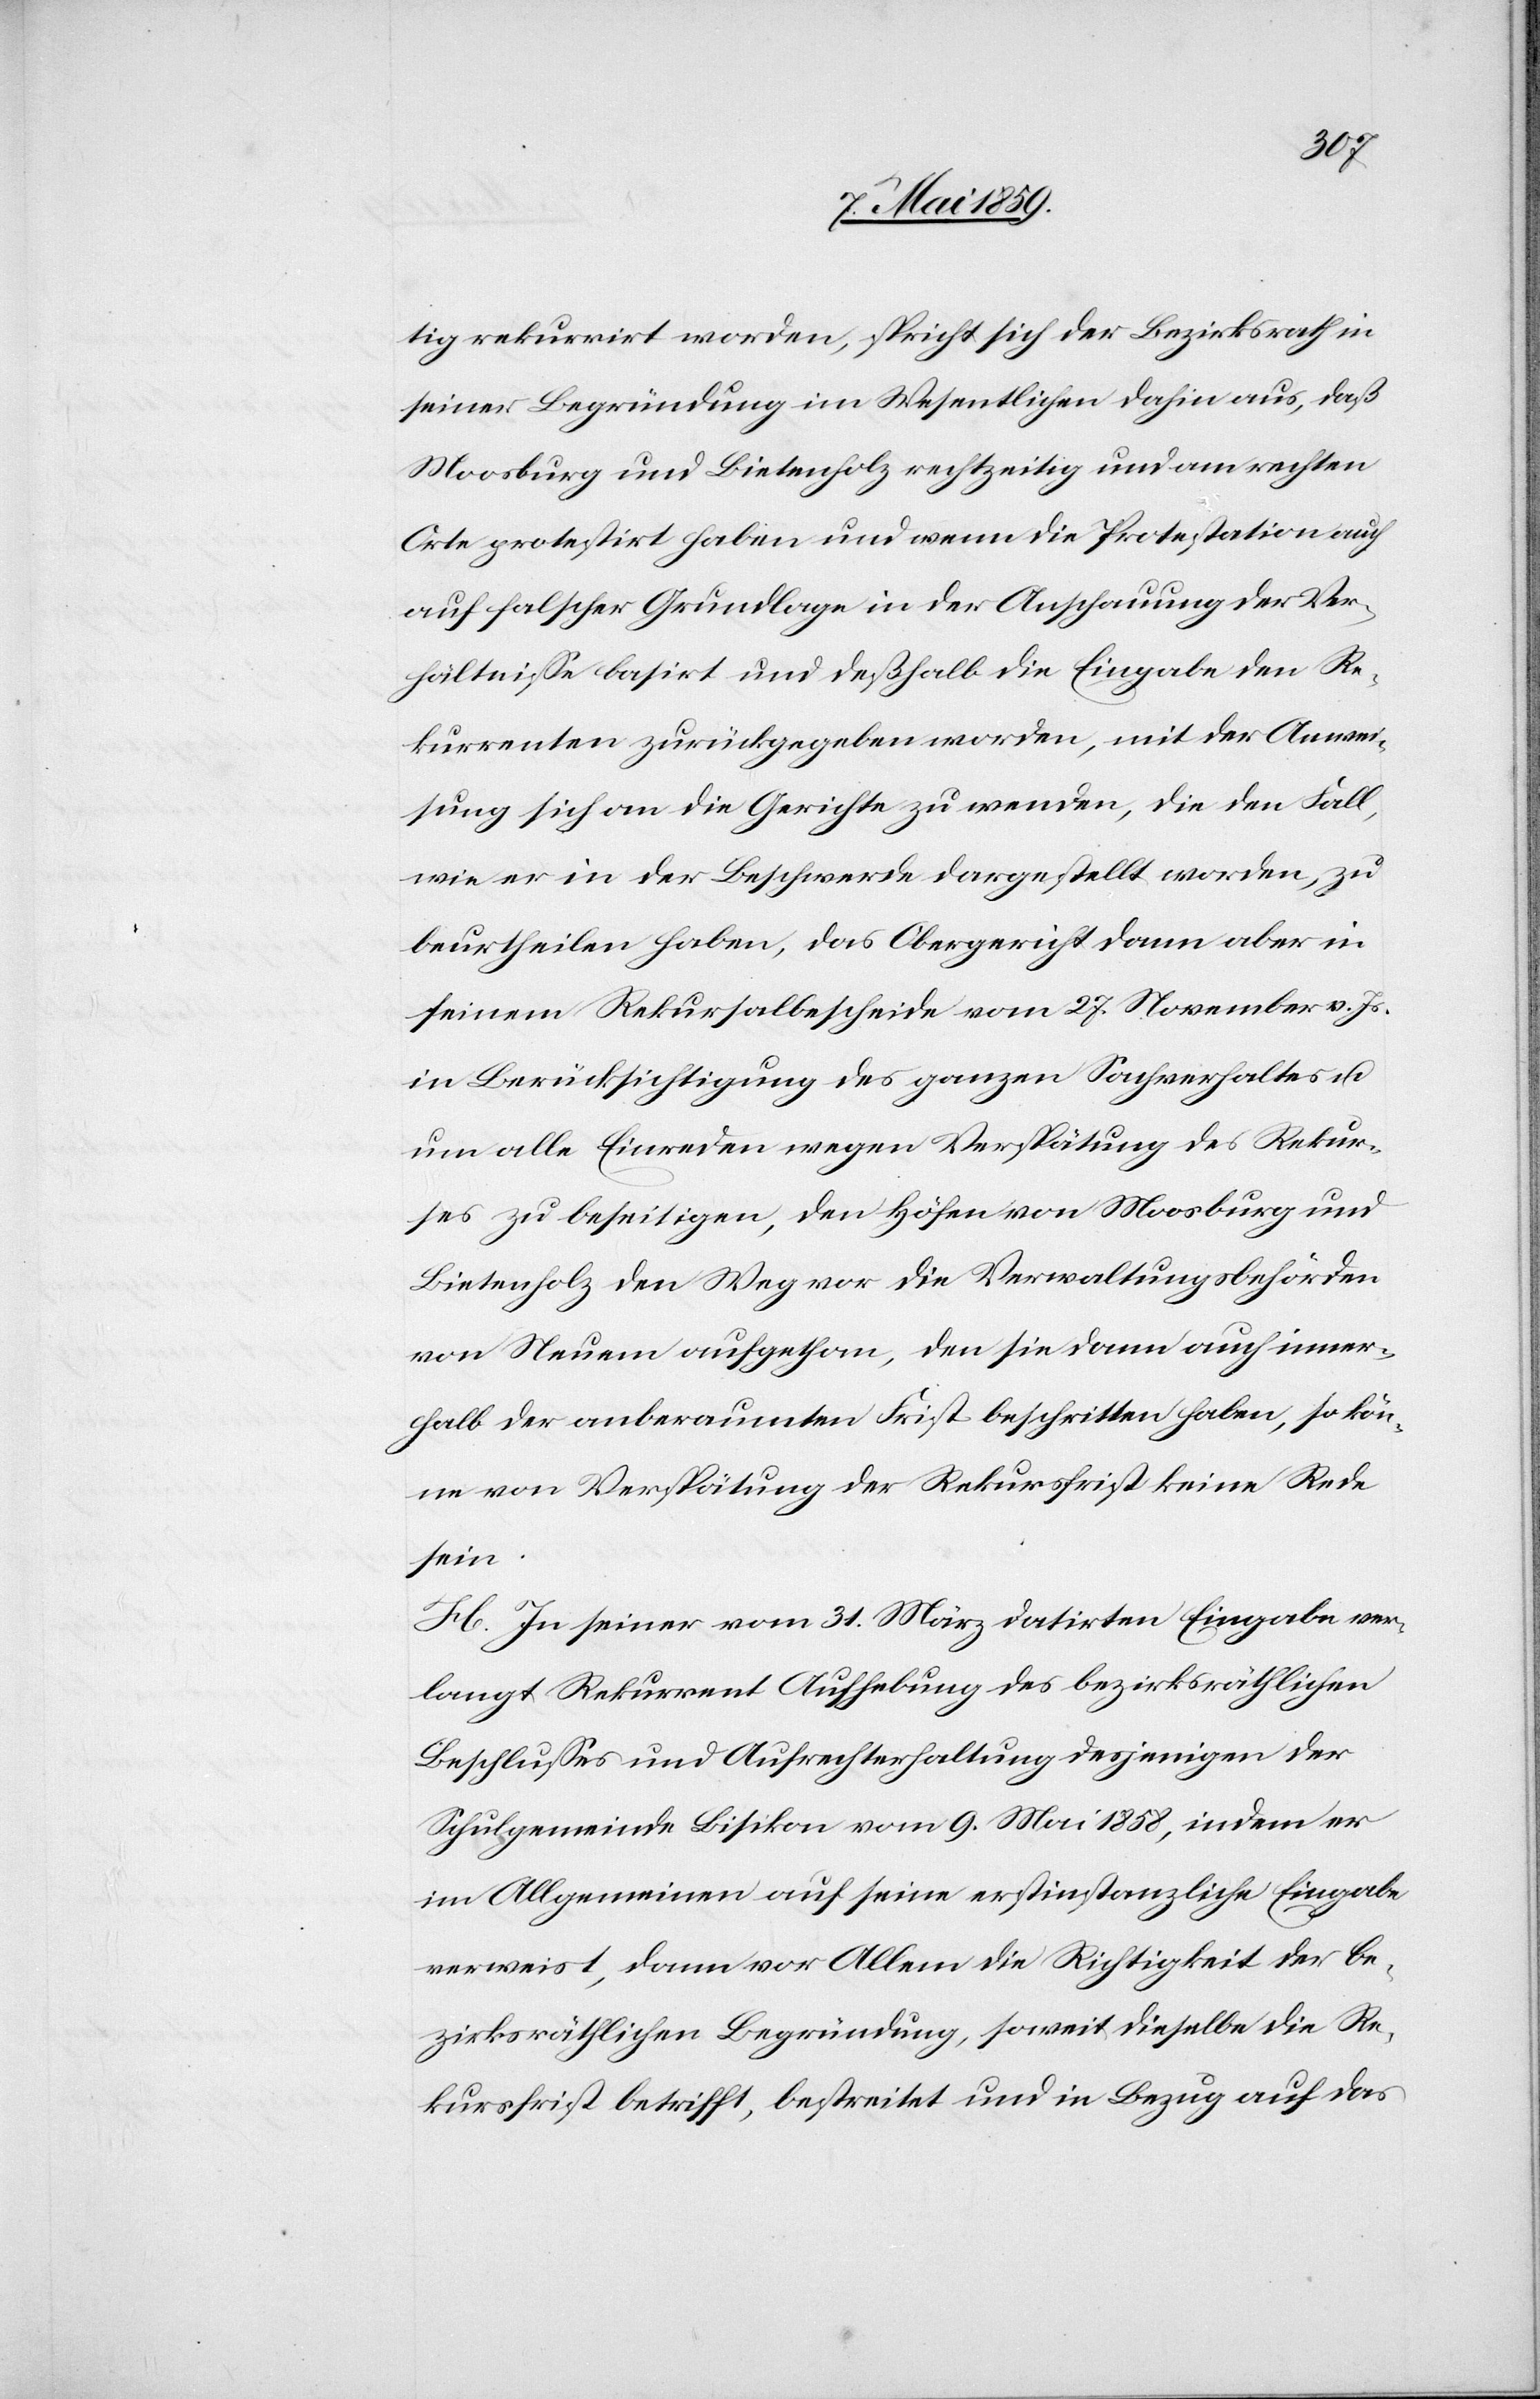
tig rekurrirt worden, spricht sich der Bezirksrath in
seiner Begründung im Wesentlichen dahin aus, daß
Moosburg und Bietenholz rechtzeitig und am rechten
Orte protestirt haben und wenn die Protestation auch
auf falscher Grundlage in der Anschauung der Ver¬
hältniße basirt und deßhalb die Eingabe den Re¬
kurrenten zurückgegeben worden, mit der Anwei¬
sung sich an die Gerichte zu wenden, die den Fall,
wie er in der Beschwerde dargestellt worden, zu
beurtheilen haben, das Obergericht dann aber in
seinem Rekursalbescheide vom 27. November v. Js.
in Berücksichtigung des ganzen Sachverhaltes u.
um alle Einreden wegen Verspätung des Rekur¬
ses zu beseitigen, den Höfen von Moosburg und
Bietenholz den Weg vor die Verwaltungsbehörden
von Neuem aufgethan, den sie dann auch inner¬
halb der anberaumten Frist beschritten haben, so kön¬
ne von Verspätung der Rekursfrist keine Rede
sein.
H. In seiner vom 31. März datirten Eingabe ver¬
langt Rekurrent Aufhebung des bezirksräthlichen
Beschlußes und Aufrechterhaltung desjenigen der
Schulgemeinde Bisikon vom 9. Mai 1858, indem er
im Allgemeinen auf seine erstinstanzliche Eingabe
verweist, dann vor Allem die Richtigkeit der be¬
zirksräthlichen Begründung, soweit dieselbe die Re¬
kursfrist betrifft, bestreitet und in Bezug auf das